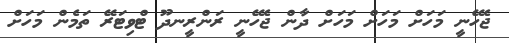
ޖެހޭނީ މަހަށް މަހަށް މަހަށް ދާން ޖެހޭނީ ރަންރީނދޫ ޓްވިޓަރޭ ތަމެން މަހަށް